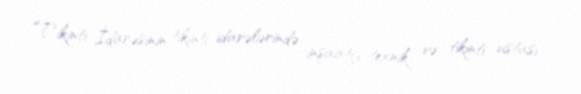
Tikinti İdarəsinin tikinti idarələrində inşaatçı-texnik və tikinti ustası